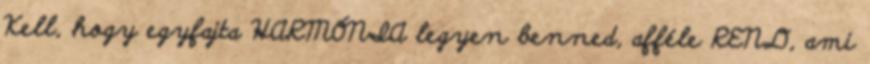
Kell, hogy egyfajta HARMÓNIA legyen benned, afféle REND, ami